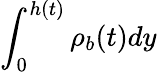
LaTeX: \int_{0}^{h(t)}\rho_{b}(t)dy